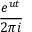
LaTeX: \frac { e ^ { u t } } { 2 \pi i }